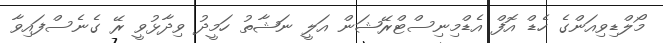
މޯލްޑިވިއަންގެ ހެޑް އޮފް އެޑްމިނިސްޓްރޭޝަން އަލީ ނަޝާތު ހަމީދު ވިދާޅުވީ ރޭ ގެނެސްފައިވާ